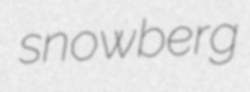
snowberg